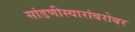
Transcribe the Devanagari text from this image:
सांडणीस्वारांबरोबर